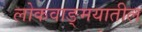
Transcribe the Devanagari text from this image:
लोकवाङ्‍मयातील